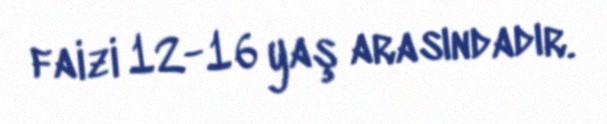
faizi 12-16 yaş arasındadır.